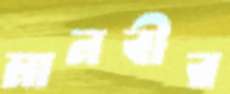
মানবীর